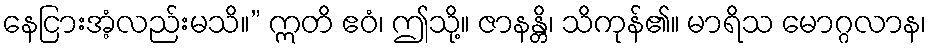
နေငြားအံ့လည်းမသိ။” ဣတိ ဧဝံ၊ ဤသို့။ ဇာနန္တိ၊ သိကုန်၏။ မာရိသ မောဂ္ဂလာန၊